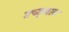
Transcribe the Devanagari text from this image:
उच्छृवास